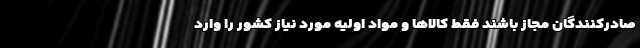
صادرکنندگان مجاز باشند فقط کالاها و مواد اولیه مورد نیاز کشور را وارد